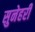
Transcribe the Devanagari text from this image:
सुनेहरी